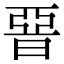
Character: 𣇩